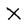
Character: X